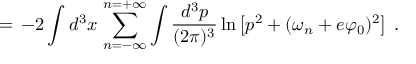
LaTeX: = \, - 2 \int d ^ { 3 } x \, \sum _ { n = - \infty } ^ { n = + \infty } \int \frac { d ^ { 3 } p } { ( 2 \pi ) ^ { 3 } } \ln \left[ p ^ { 2 } + ( \omega _ { n } + e \varphi _ { 0 } ) ^ { 2 } \right] \; .